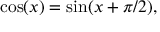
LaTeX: \cos ( x ) = \sin ( x + \pi / 2 ) ,